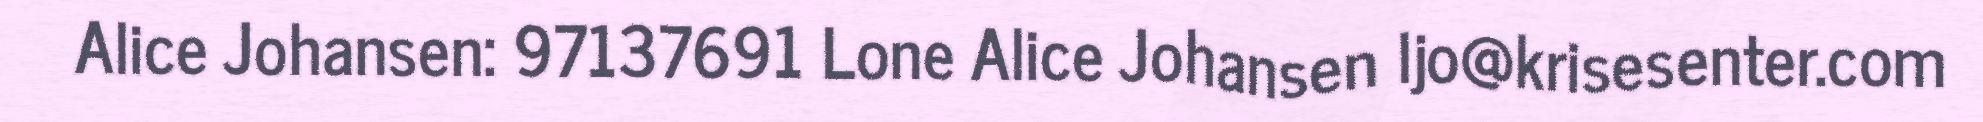
Alice Johansen: 97137691 Lone Alice Johansen ljo@krisesenter.com